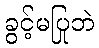
ခွင့်မပြုဘဲ